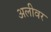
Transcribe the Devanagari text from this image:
अलीवर